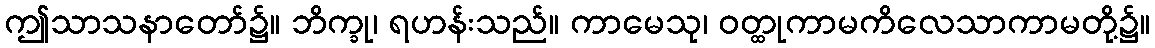
ဤသာသနာတော်၌။ ဘိက္ခု၊ ရဟန်းသည်။ ကာမေသု၊ ဝတ္ထုကာမကိလေသာကာမတို့၌။